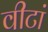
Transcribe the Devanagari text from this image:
वीटां